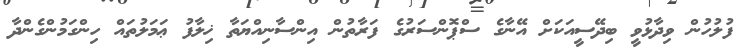
ފުލުހުން ވިދާޅުވީ ބިދޭސީއަކަށް އޭނާގެ ސްޕޮންސަރުގެ ފަރާތުން އިންސާނިއްޔަތާ ޚިލާފު ޢަމަލުތައް ހިންގަމުންގެންދާ